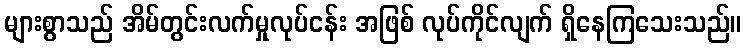
များစွာသည် အိမ်တွင်းလက်မှုလုပ်ငန်း အဖြစ် လုပ်ကိုင်လျက် ရှိနေကြသေးသည်။